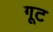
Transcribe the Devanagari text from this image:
गूट